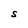
Character: S